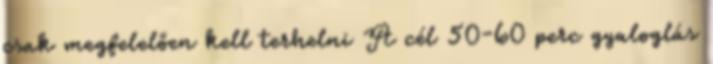
csak megfelelően kell terhelni A cél 50-60 perc gyaloglás